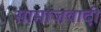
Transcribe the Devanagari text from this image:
सामाजवादी